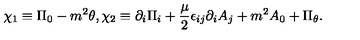
\chi _ { 1 } \equiv \Pi _ { 0 } - m ^ { 2 } \theta , \chi _ { 2 } \equiv \partial _ { i } \Pi _ { i } + { \frac { \mu } { 2 } } \epsilon _ { i j } \partial _ { i } A _ { j } + m ^ { 2 } A _ { 0 } + \Pi _ { \theta } .